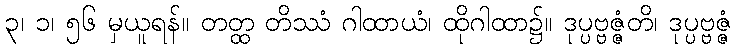
၃၊ ၁၊ ၅၆ မှယူရန်။ တတ္ထ တိဿံ ဂါထာယံ၊ ထိုဂါထာ၌။ ဒုပ္ပဗ္ဗဇ္ဇံတိ၊ ဒုပ္ပဗ္ဗဇ္ဇံ